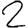
Digit: 2